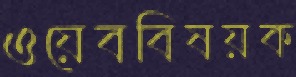
ওয়েববিষয়ক